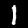
Digit: 1